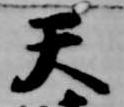
天